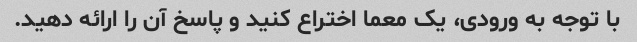
با توجه به ورودی، یک معما اختراع کنید و پاسخ آن را ارائه دهید.